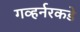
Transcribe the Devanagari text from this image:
गव्हर्नरकडे